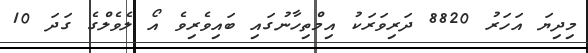
މިދިޔަ އަހަރު 8820 ދަރިވަރަކު އިމްތިހާނުގައި ބައިވެރިވެ އޯ ލެވެލްގެ ގަދަ 10